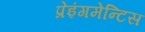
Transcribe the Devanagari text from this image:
प्रेइंगमेन्टिस